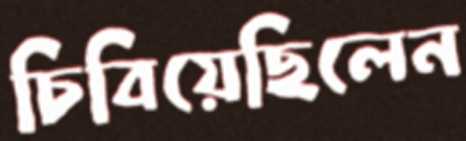
চিবিয়েছিলেন